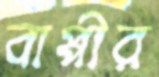
বাপ্পীর